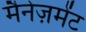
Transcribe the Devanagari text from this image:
मैनेज़मेंट